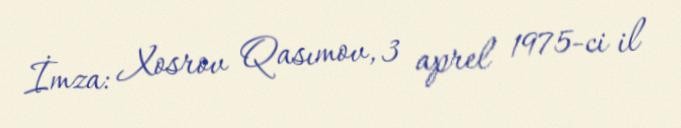
İmza: Xosrov Qasımov, 3 aprel 1975-ci il